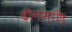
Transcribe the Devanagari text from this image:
दीनमणि